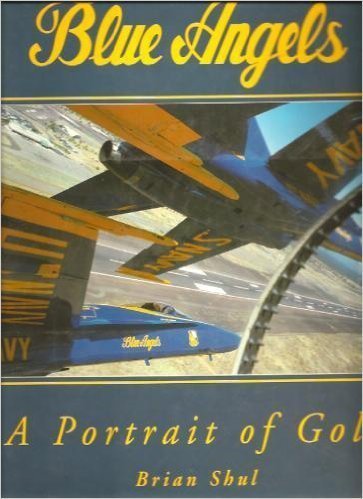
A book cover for Blue Angels: A Portrait of Gold; Brian Shul; Sports & Outdoors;